Report on vaccination for the Province of Oudh 1871 -
Year: 1871
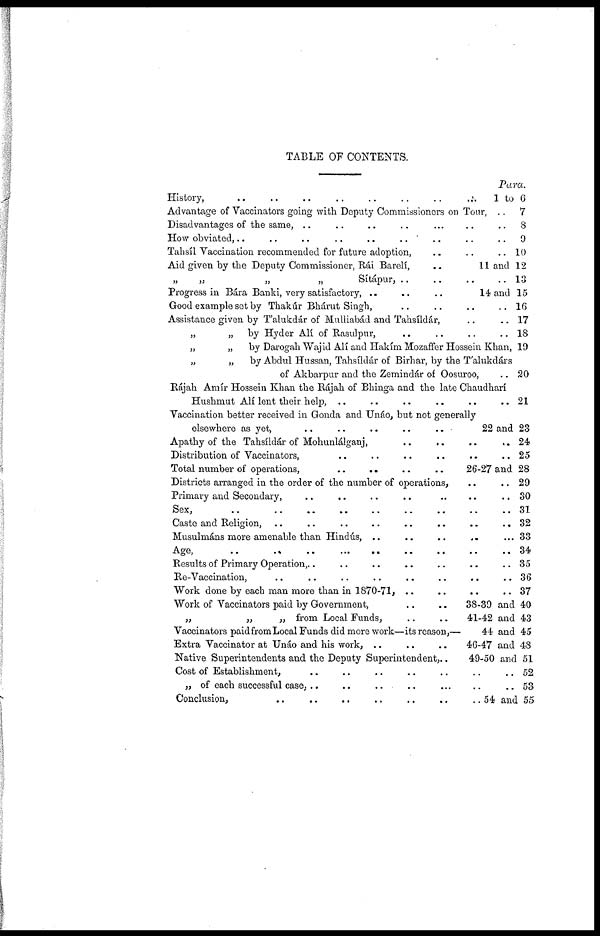
TABLE OF CONTENTS.
History,
..
..
..
..
..
..
..
...
Advantage of Vaccinators going with Deputy Commissioners on Tour, ..
Disadvantages of the same, ..
..
..
..
... ..
How obviated, .. .. .. .. .. .. .. .. ..
Tahsíl Vaccination recommended for future adoption, .. .. ..
Aid given by the Deputy Commissioner, Rái Barelí,
..
„ „
„
„
Sítápur,
..
..
..
..
Progress in Bára Banki, very satisfactory, ..
..
..
14 and
Good example set by Thakúr Bhárut Singh, .. .. .. ..
Assistance given by T'alukdár of Mulliabád and Tahsíldár, .. ..
„
„ by Hyder Alí of Rasulpur, .. .. .. ..
„
„
by Darogah Wajid Alí and Hakím Mozaffer Hossein Khan,
„
„
by Abdul Hussan, Tahsíldár of Birhar, by the T'alukdárs
of Akbarpur and the Zemindár of Oosuroo, ..
Rájah Amír Hossein Khan the Rájah of Bhinga and the late Chaudharí
Hushmut Alí lent their help, .. .. .. .. ..
Vaccination better received in Gonda and Unáo, but not generally
elsewhere as yet,
..
..
..
..
..
Apathy of the Tahsíldár of Mohunlálganj, .. .. .. ..
Distribution of Vaccinators, .. .. .. .. .. ..
Total number of operation , .. .. ..
Districts arranged in the order of the number of operations, .. ..
Primary and Secondary, .. .. .. .. .. .. ..
Sex, .. .. .. .. .. .. .. .. ..
Caste and Religion, ..
..
..
..
..
..
..
..
Musulmáns more amenable than Hindús, .. .. .. .. ..
Age, .. .. .. .. .. .. .. .. .. ..
Results of Primary Operation,.. .. .. .. .. .. .. ..
Re-Vaccination, .. .. .. .. .. .. .. ..
Work done by each man more than in 1870-71, .. .. .. ..
Work of Vaccinators paid by Government,
..
..
„
„
„ from Local Funds,
..
..
Vaccinators paid from Local Funds did more work—its reason,—
Extra Vaccinator at Unáo and his work, ..
..
..
Native Superintendents and the Deputy Superintendent,..
Cost of Establishment, .. .. .. .. .. .. ..
„ of each successful case, ..
..
..
..
... .. ..
Conclusion,
..
..
..
..
..
..
..
Para.
1 to 6
7
8
9
10
11 and 12
13
14 and 15
16
17
18
19
20
21
22 and 23
24
25
26-27 and 28
29
30
31
32
33
34
35
36
37
38-39 and 40
41-42 and 43
44 and 45
46-47 and 48
49-50 and 51
52
53
54 and 55